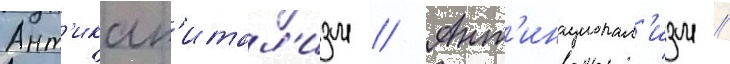
Ант'икап'итал'изм // Ант'инационал'изм //